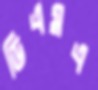
ডিএমএ